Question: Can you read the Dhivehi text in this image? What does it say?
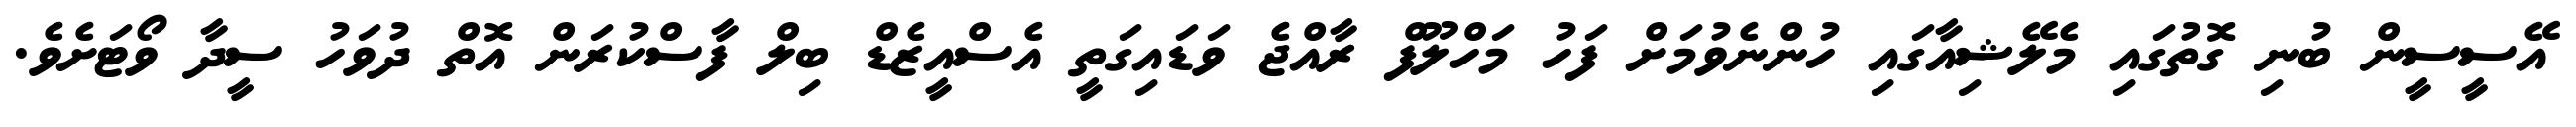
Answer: އޭސީސީން ބުނި ގޮތުގައި މެލޭޝިއާގައި ހުންނެވުމަށް ފަހު މަހްލޫފް ރާއްޖެ ވަޑައިގަތީ އެސްއީޒެޑް ބިލް ފާސްކުރަން އޮތް ދުވަހު ސީދާ ވޯޓަށެވެ.